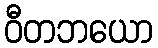
ဝီတဘယော